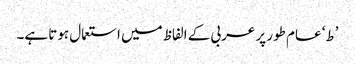
’ط‘ عام طور پر عربی کے الفاظ میں استعمال ہوتا ہے۔